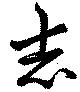
志